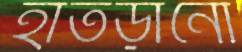
হাতড়ানো